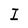
Character: I